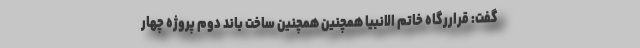
گفت: قراررگاه خاتم الانبیا همچنین همچنین ساخت باند دوم پروژه چهار